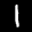
Label: 1